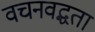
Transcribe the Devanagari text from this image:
वचनवद्धता